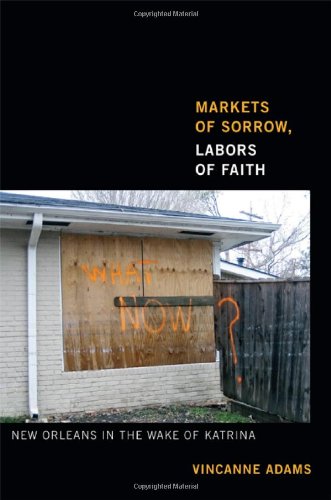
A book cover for Markets of Sorrow, Labors of Faith: New Orleans in the Wake of Katrina; Vincanne Adams; Science & Math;